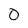
Character: 0